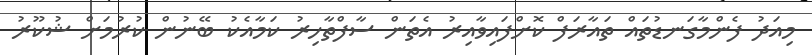
މިއަދު ފެންމާގަނޑުތައް ތައާރަފް ކޮށްފައިވާއިރު އެތަން ސާފްތާހިރު ކަމާއެކު ބޭނުން ކުރުމަށް ޝުކޫރު